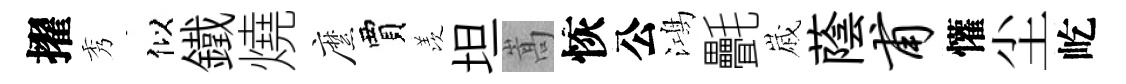
擢秀似鐵燒縻賈羡坦嵩恢公鴻㲲𡻕蔭甫懽尘屹